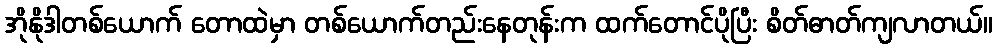
အိုနိုဒါတစ်ယောက် တောထဲမှာ တစ်ယောက်တည်းနေတုန်းက ထက်တောင်ပိုပြီး စိတ်ဓာတ်ကျလာတယ်။